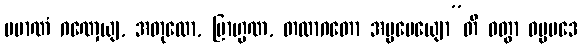
ပမာဏံ ဂဏှေယျ, အတုလော, ဗြာဟ္မဏ, တထာဂတော အပ္ပမေယျော”တိ ဝတွာ ဓမ္မပဒေ